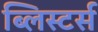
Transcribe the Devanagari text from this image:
ब्लिस्टर्स